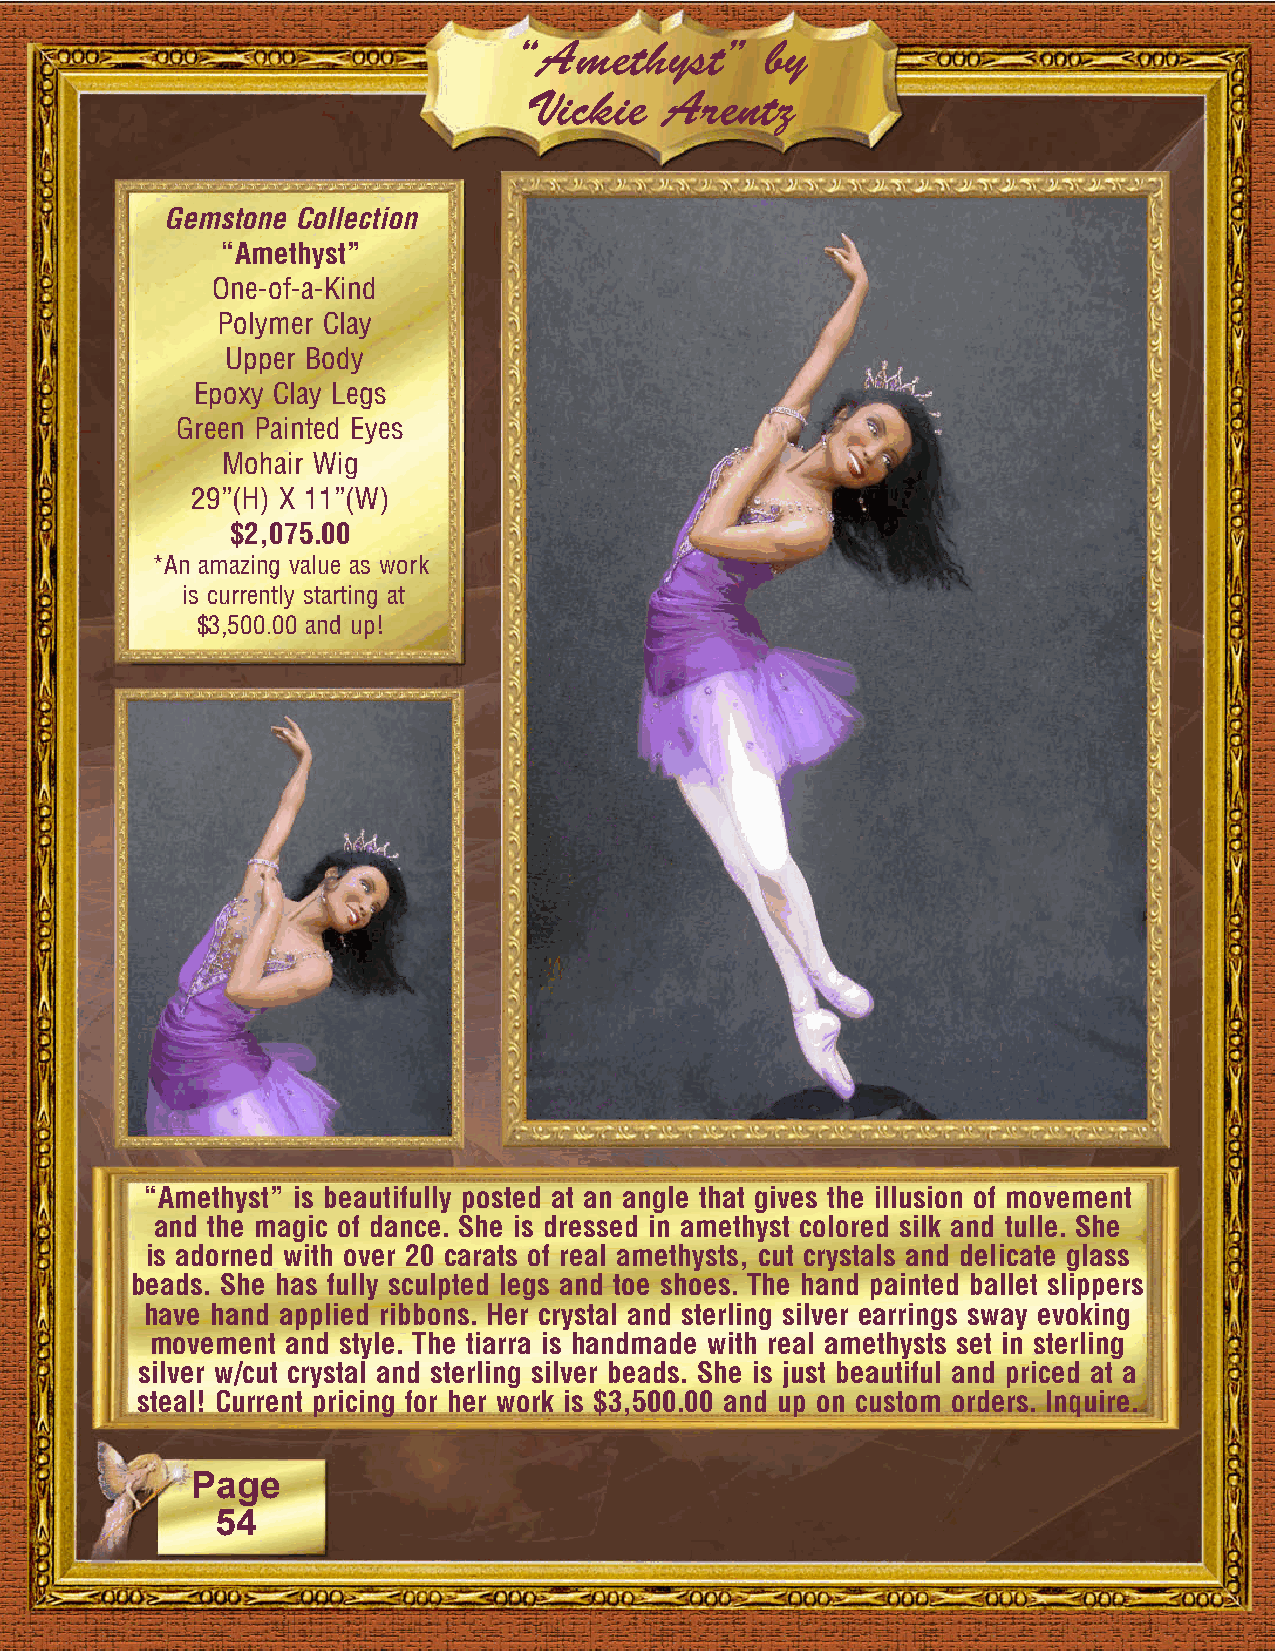
“Amethyst”       by
 Vickie   Arentz
 Gemstone Collection
 “Amethyst”
 One-of-a-Kind
 Polymer Clay
 Upper Body
 Epoxy Clay Legs
 Green Painted Eyes
 Mohair Wig
 29”(H) X 11”(W)
 $2,075.00
 *An amazing value as work
 is currently starting at
 $3,500.00 and up!
 “Amethyst” is beautifully posted at an angle that gives the illusion of movement
 and the magic of dance. She is dressed in amethyst colored silk and tulle. She
 is adorned with over 20 carats of real amethysts, cut crystals and delicate glass
 beads. She has fully sculpted legs and toe shoes. The hand painted ballet slippers
 have hand applied ribbons. Her crystal and sterling silver earrings sway evoking
 movement and style. The tiarra is handmade with real amethysts set in sterling
 silver w/cut crystal and sterling silver beads. She is just beautiful and priced at a
 steal! Current pricing for her work is $3,500.00 and up on custom orders. Inquire.
 Page
 54